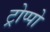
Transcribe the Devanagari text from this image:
ट्रोप्पो